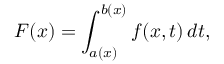
F ( x ) = \int _ { a ( x ) } ^ { b ( x ) } f ( x , t ) \, d t ,